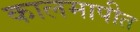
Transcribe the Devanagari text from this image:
कालमापीत